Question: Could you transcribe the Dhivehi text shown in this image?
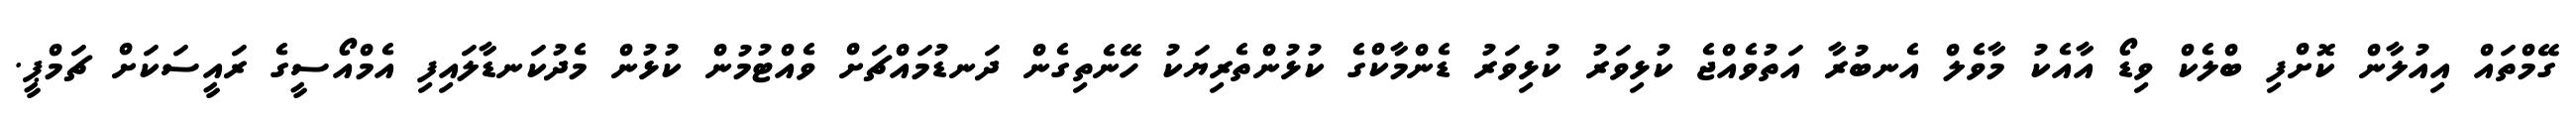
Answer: ގޭމްތައް އިއުލާން ކޮށްފި ބްލެކް ވިޑޯ އާއެކު މާވެލް އެނބުރާ އަތުވެއްޖެ ކުޅިވަރު ކުޅިވަރު ޑެންމާކްގެ ކުޅުންތެރިޔަކު ހޭނެތިގެން ދަނޑުމައްޗަށް ވެއްޓުމުން ކުޅުން މެދުކަނޑާލައިފި އެމްއޯސީގެ ރައީސަކަށް ޗަމްޕީ.